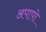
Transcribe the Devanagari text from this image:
अपापो